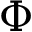
\Phi